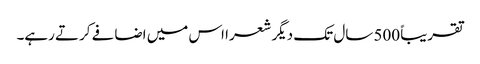
تقریباً 500 سال تک دیگر شعرا اس میں اضافے کرتے رہے۔